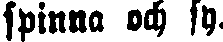
spinna och fy.